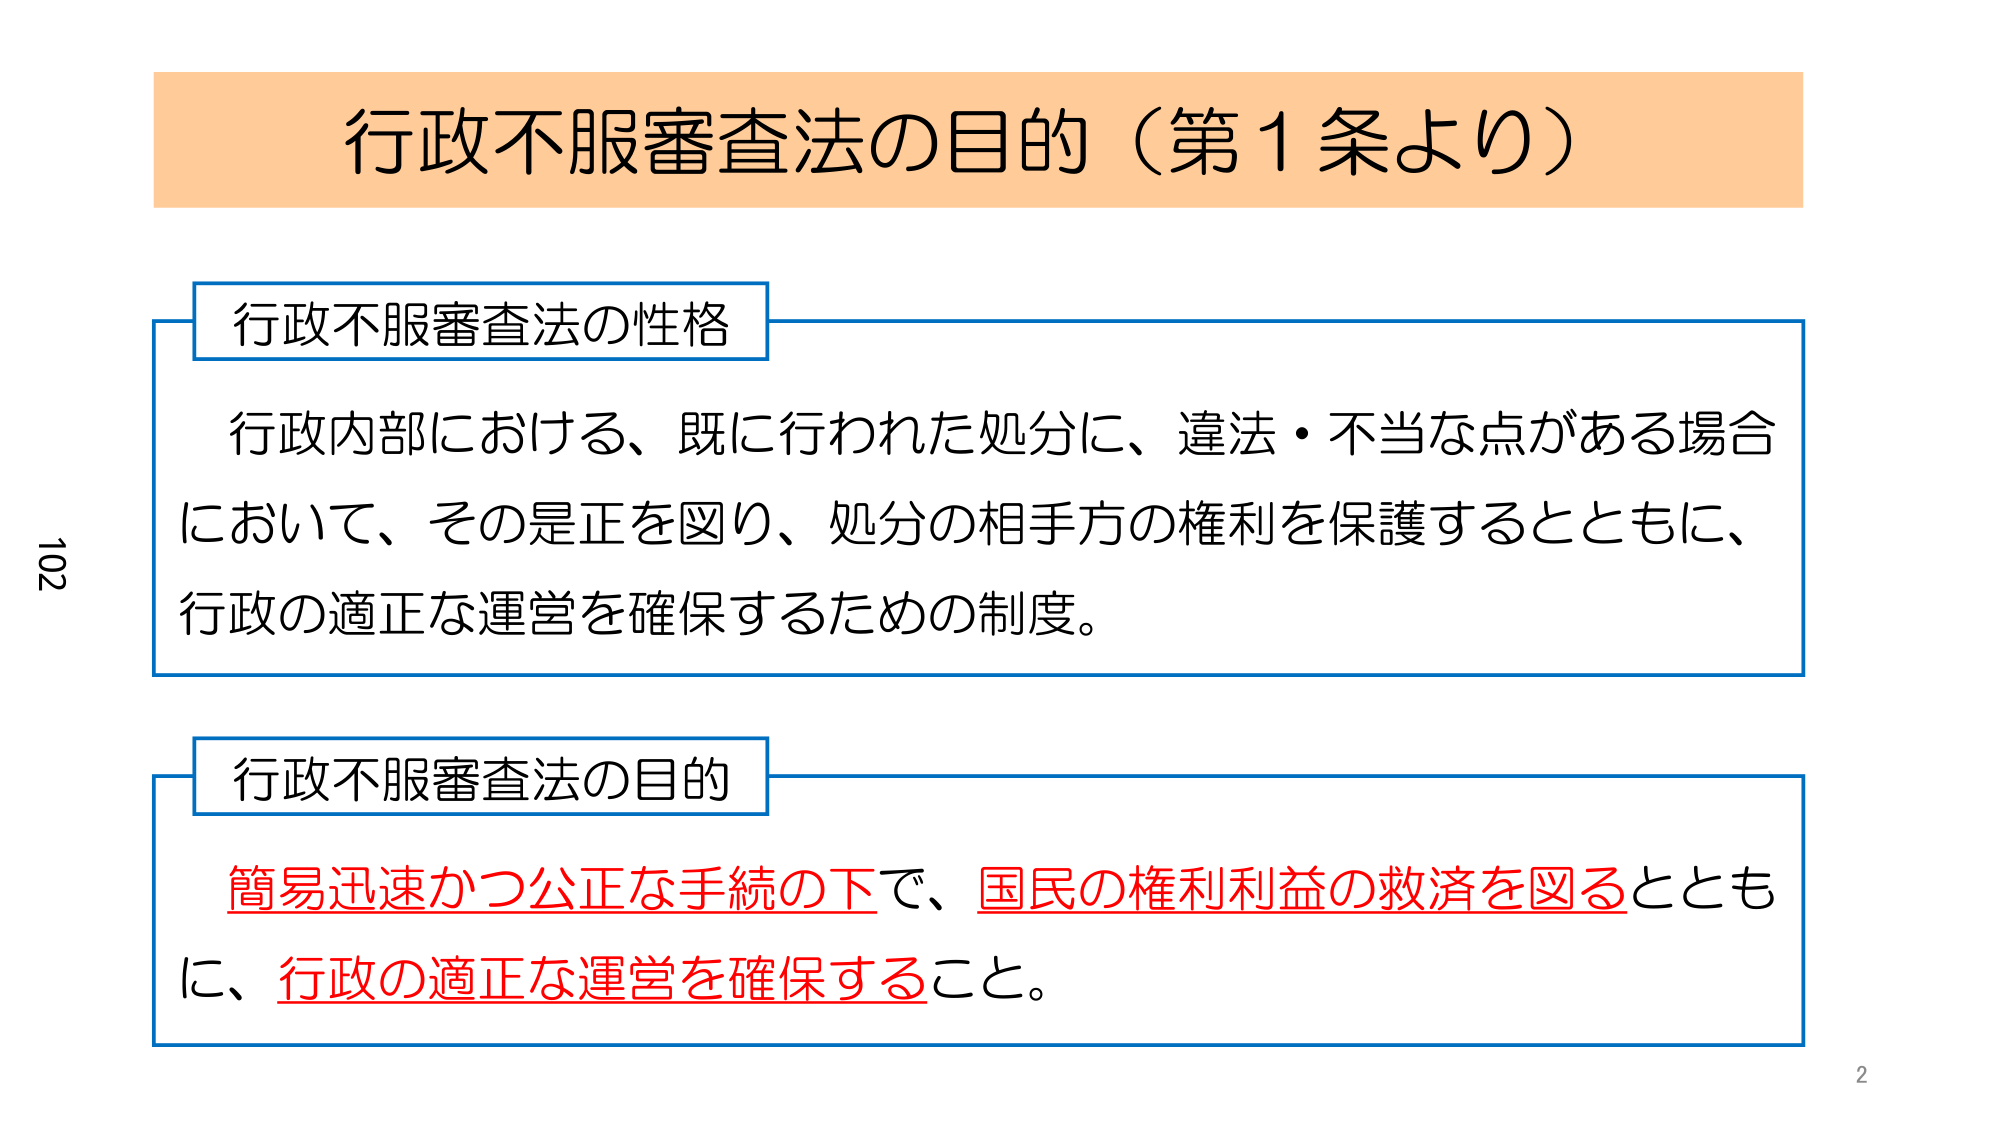
行政不服審査法の目的（第１条より）

行政不服審査法の性格
行政内部における、既に行われた処分に、違法・不当な点がある場合
において、その是正を図り、処分の相手方の権利を保護するとともに、
行政の適正な運営を確保するための制度。

行政不服審査法の目的
簡易迅速かつ公正な手続の下で、国民の権利利益の救済を図るととも
に、行政の適正な運営を確保すること。

102
2